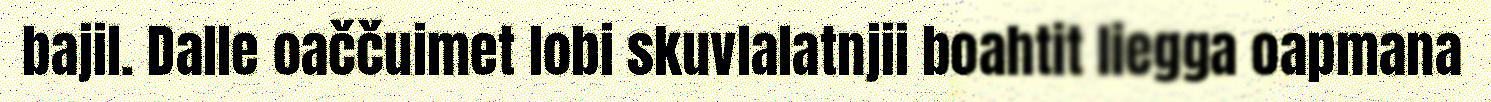
bajil. Dalle oaččuimet lobi skuvlalatnjii boahtit liegga oapmana